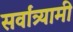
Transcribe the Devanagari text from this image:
सर्वांत्र्यामी